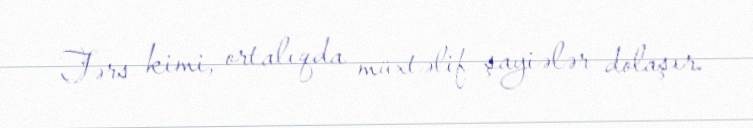
Tərs kimi, ortalıqda müxtəlif şayiələr dolaşır.